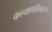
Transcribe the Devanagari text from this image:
कल्याणशिवरूप